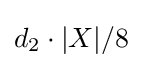
d_{2}\cdot |X|/8